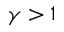
\gamma > 1